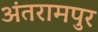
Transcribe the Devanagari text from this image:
अंतरामपुर